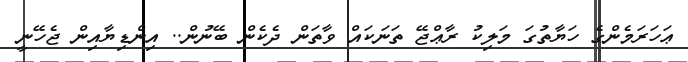
ޢަަހަރަމެންގެ ހަޔާތުގަ މަލިކު ރާޢްޖޭ ތަނަކައް ވާތަން ދެކެން ބޭނުން.. އިންޑިޔާއިން ޖެހޭނީ